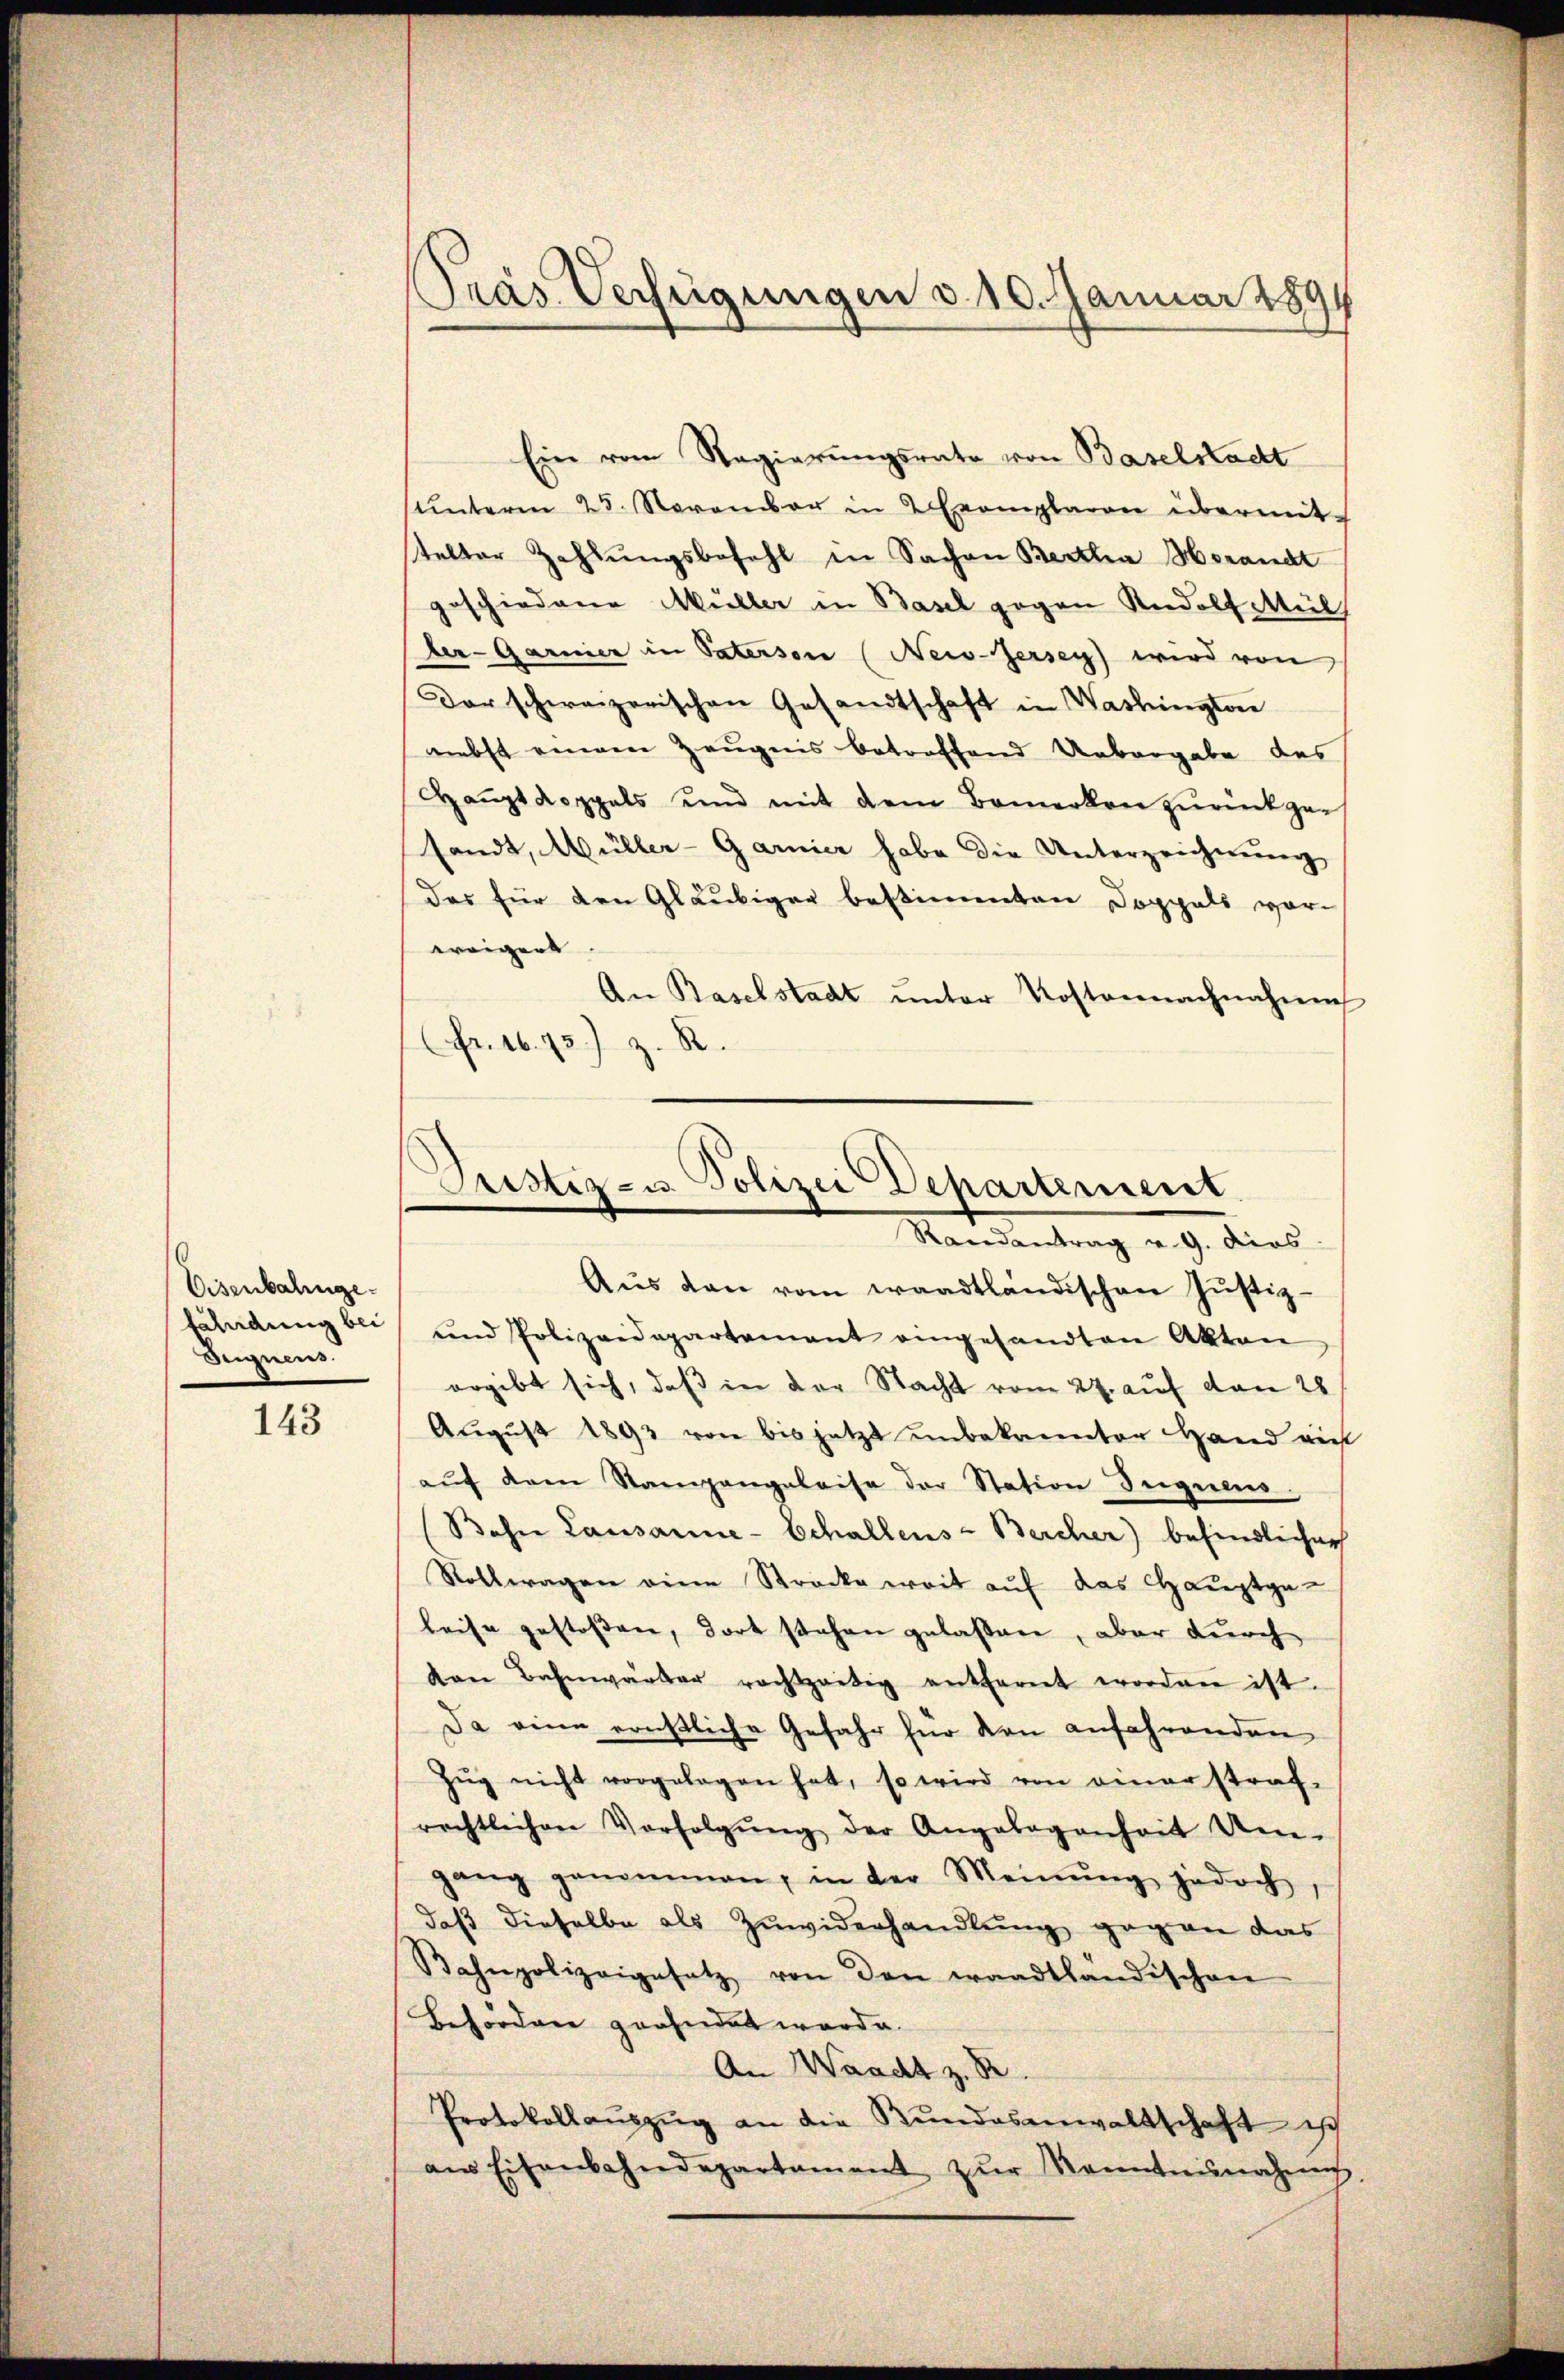
Eisenbahnge¬
Segnens.

143

Pras Verfügungen d. 10. Januar 1891

Ein vom Regierungsrate von Baselstadt
ŭnterm 25. November in 2 Exemplaren übermit-
telter Zahlungsbefehl in Sachen Bertha Horandt
geschiedene Müller in Basel gegen Rudolf Mülh
der-Garnier in Paterson (Neis-Jersey) wird von
Der schweizerischen Gesandtschaft in Washingtone
nebst einem Zeugnis betreffend Uebergabe des
Hauptkoppels und mit dem Bemerken zurückzusandt, Müller-Garnier habe die Unterzeichnung
das für den Gläubiger bestimmten Doppels vor-
weigert
An Baselstadt ŭnter Kostennachnahme
Fr. 16. 73.) z. R.

Justiz zu Polizei Dehartement
Mandantrag u. 9. dies

Aŭs den vom waadtländischen Justiz-
Exladŭng bei, und Polizeidepartement eingesandten Akten
ergibt sich, daß in der Nacht vom 27. auf von 28
August 1893 von bis jetzt unbekannter Hand nich
aŭf dem Staingangeleise der Station Ingens
(Bohn Lausanne-Echallens-Bercher) befindlicher
Rollwagen eine Strocke weit auf das Hauptgeleise gestoßen, dort stehen gelaßen, aber durch
von Bahnwärter rechtzeitig entfernt worden ist.
Da eine ernstliche Gefahr für den anfahrenden
Zŭg nicht vorgelegen hat, so wird von einer straf-
rechtlichen Verfolgŭng der Angelegenheit Um-
gang genommen, in der Meinŭng jedoch,
daß dieselbe als Zuwiderhandlung gegen das
Bahnpolizeigesetz von den waadtländischen
Behörden geahndet werde.
An Waadt z. B.
Protokollauszug an die Bundesanwaltschaft ist
ans Eisenbahndepartament zŭr Kenntnŭnahung,